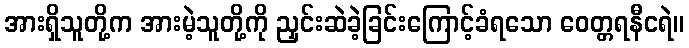
အားရှိသူတို့က အားမဲ့သူတို့ကို ညှင်းဆဲခဲ့ခြင်းကြောင့်ခံရသော ဝေတ္တရနီငရဲ။